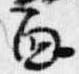
面